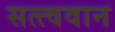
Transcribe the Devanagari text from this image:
सत्त्ववान